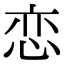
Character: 恋